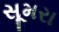
સૂમરા